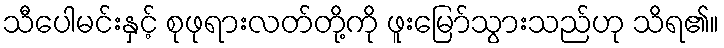
သီပေါမင်းနှင့် စုဖုရားလတ်တို့ကို ဖူးမြော်သွားသည်ဟု သိရ၏။